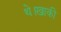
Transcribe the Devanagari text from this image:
थे।खाकी